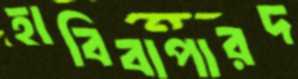
হাবিবাপারদ